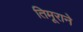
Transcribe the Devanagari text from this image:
तिमूराने